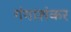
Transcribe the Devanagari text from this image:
गंगाशंकर